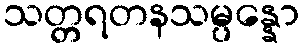
သတ္တရတနသမ္ပန္နော